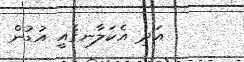
އަދި އެކަލާނގެއީ އުޑުން